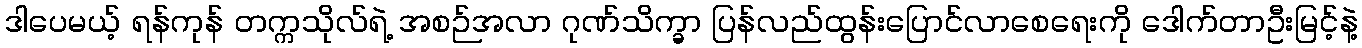
ဒါပေမယ့် ရန်ကုန် တက္ကသိုလ်ရဲ့ အစဉ်အလာ ဂုဏ်သိက္ခာ ပြန်လည်ထွန်းပြောင်လာစေရေးကို ဒေါက်တာဦးမြင့်နဲ့